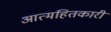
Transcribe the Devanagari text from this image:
आत्महितकारी